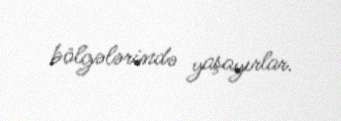
bölgələrində yaşayırlar.